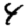
Digit: 4